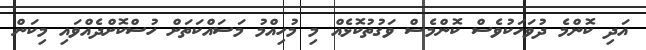
އަދި ކޮންމެ ދުވަހަކުވެސް ކޮންމެސް ވަގުތުކޮޅެއް މި މުހިއްމު މަސައްކަތަށް ހުސްކޮށްދެއްވައި މިކަން